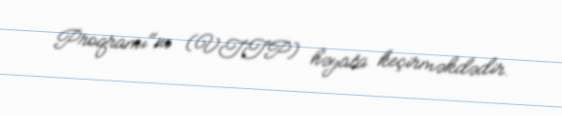
Proqramı"nı (VTTP) həyata keçirməkdədir.